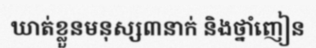
ឃាត់ខ្លួនមនុស្ស៣នាក់ និងថ្នាំញៀន